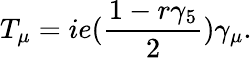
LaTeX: T_{\mu}=ie({\frac{1-r\gamma_{5}}{2}})\gamma_{\mu}.